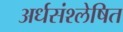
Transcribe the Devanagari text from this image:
अर्धसंश्लेषित